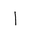
Letter: _alif